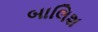
બાલિશ